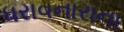
ધરાવનારાના